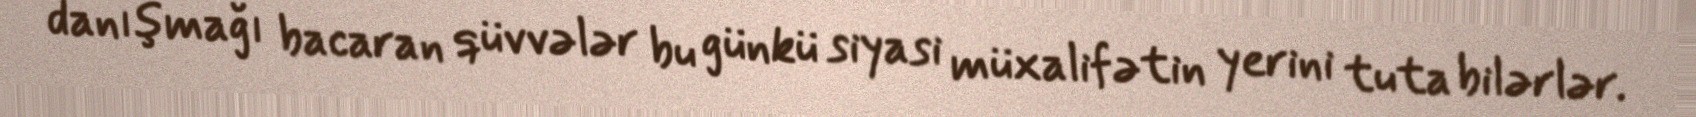
danışmağı bacaran qüvvələr bu günkü siyasi müxalifətin yerini tuta bilərlər.